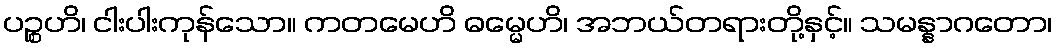
ပဉ္စဟိ၊ ငါးပါးကုန်သော။ ကတမေဟိ ဓမ္မေဟိ၊ အဘယ်တရားတို့နှင့်။ သမန္နာဂတော၊